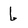
Character: 6